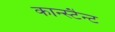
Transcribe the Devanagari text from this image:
कान्स्टैन्ट